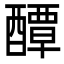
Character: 醰